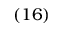
\left( 1 6 \right)